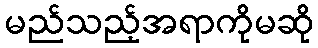
မည်သည့်အရာကိုမဆို